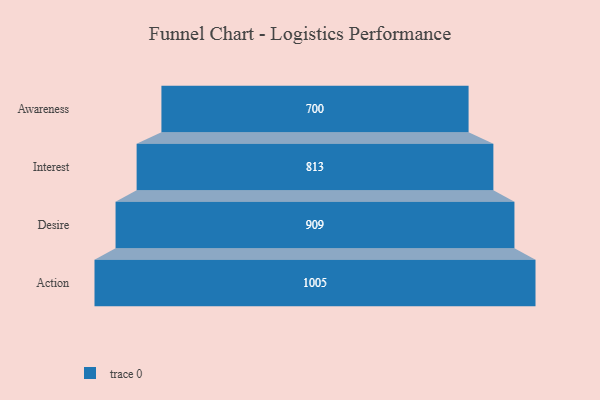
{"axis": {"x": "Stage", "y": "Value"}, "legend": [""], "data": [{"x": "Awareness", "y": 700.0, "type": ""}, {"x": "Interest", "y": 813.0, "type": ""}, {"x": "Desire", "y": 909.0, "type": ""}, {"x": "Action", "y": 1005.0, "type": ""}]}